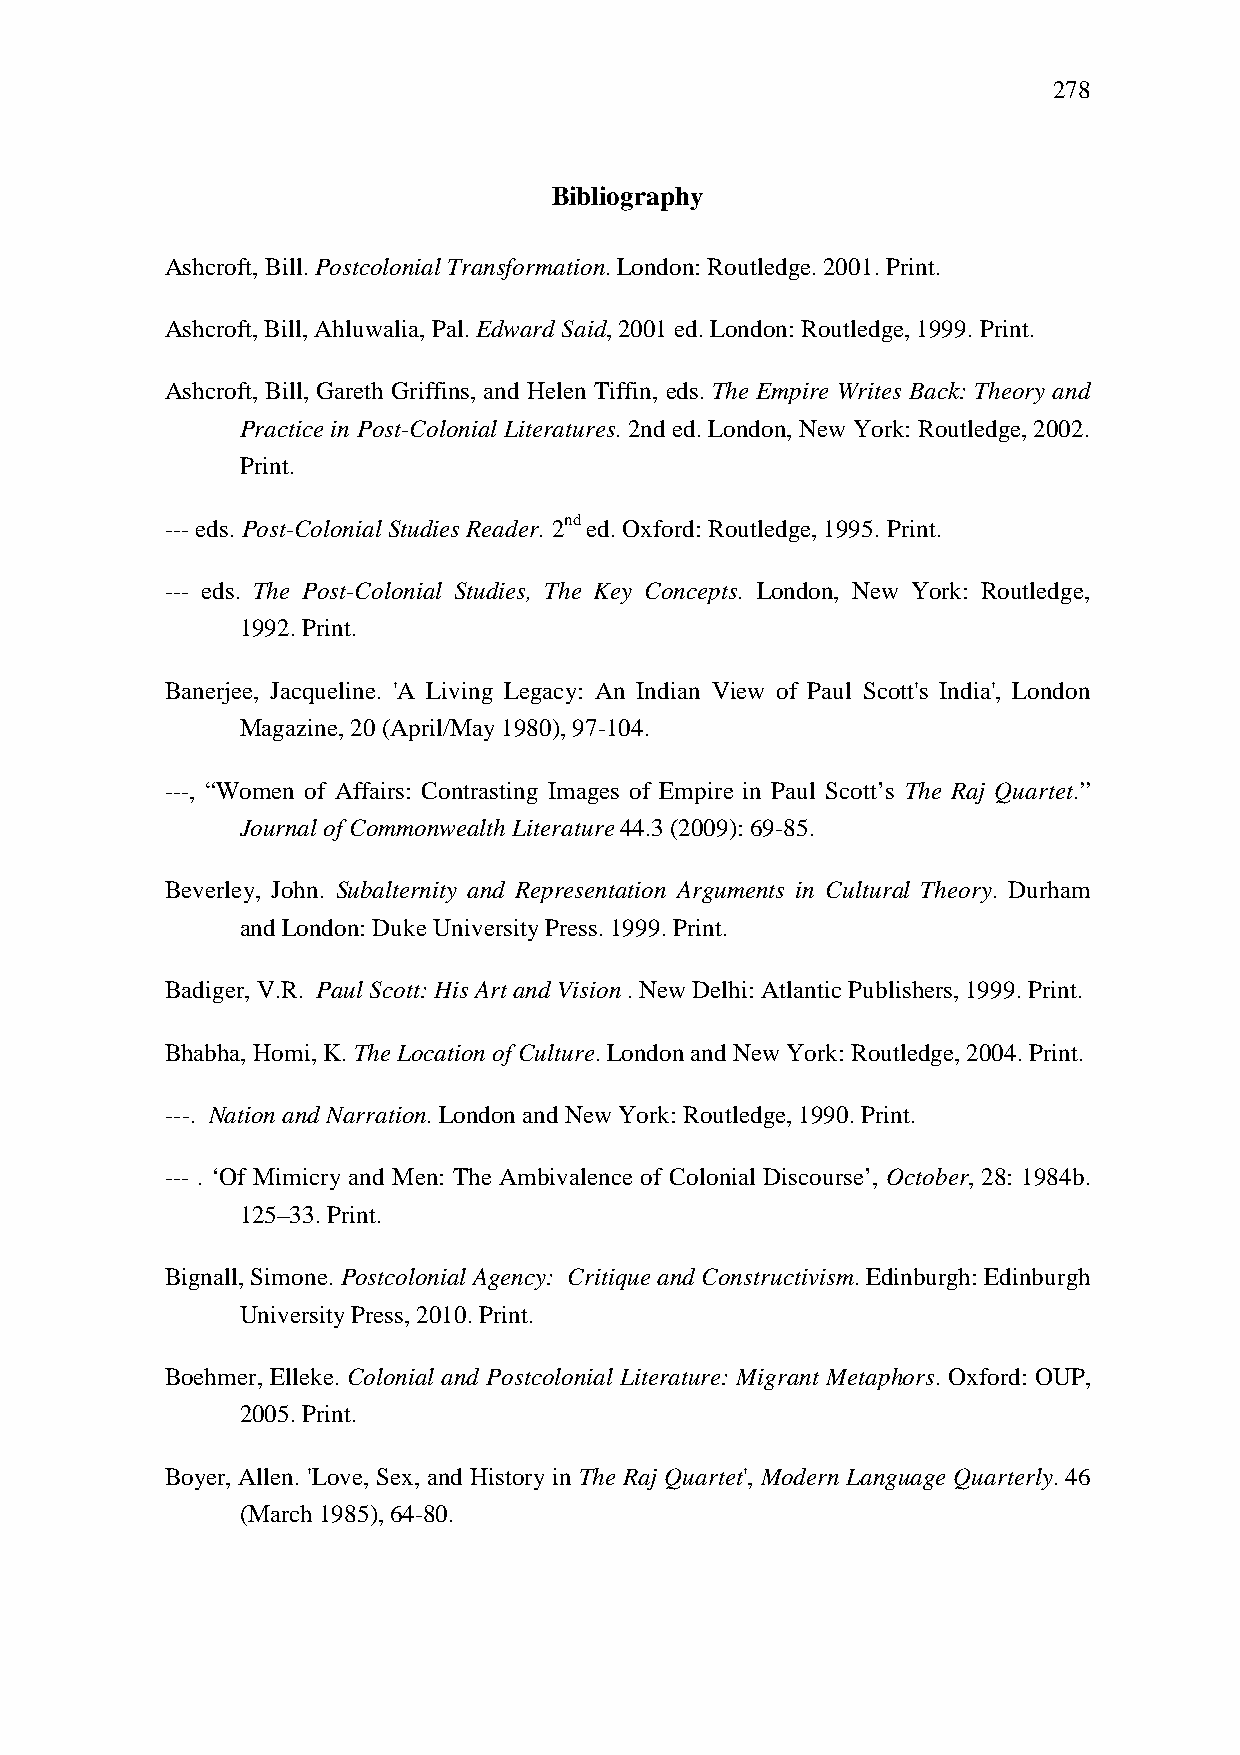
278
 Bibliography
 Ashcroft, Bill. Postcolonial Transformation. London: Routledge. 2001. Print.
 Ashcroft, Bill, Ahluwalia, Pal. Edward Said, 2001 ed. London: Routledge, 1999. Print.
 Ashcroft, Bill, Gareth Griffins, and Helen Tiffin, eds. The Empire Writes Back: Theory and
 Practice in Post-Colonial Literatures. 2nd ed. London, New York: Routledge, 2002.
 Print.
 --- eds. Post-Colonial Studies Reader. 2nd ed. Oxford: Routledge, 1995. Print.
 --- eds. The Post-Colonial Studies, The Key Concepts. London, New York: Routledge,
 1992. Print.
 Banerjee, Jacqueline. 'A Living Legacy: An Indian View of Paul Scott's India', London
 Magazine, 20 (April/May 1980), 97-104.
 ---, “Women of Affairs: Contrasting Images of Empire in Paul Scott’s The Raj Quartet.”
 Journal of Commonwealth Literature 44.3 (2009): 69-85.
 Beverley, John. Subalternity and Representation Arguments in Cultural Theory. Durham
 and London: Duke University Press. 1999. Print.
 Badiger, V.R. Paul Scott: His Art and Vision . New Delhi: Atlantic Publishers, 1999. Print.
 Bhabha, Homi, K. The Location of Culture. London and New York: Routledge, 2004. Print.
 ---. Nation and Narration. London and New York: Routledge, 1990. Print.
 --- . ‘Of Mimicry and Men: The Ambivalence of Colonial Discourse’, October, 28: 1984b.
 125–33. Print.
 Bignall, Simone. Postcolonial Agency: Critique and Constructivism. Edinburgh: Edinburgh
 University Press, 2010. Print.
 Boehmer, Elleke. Colonial and Postcolonial Literature: Migrant Metaphors. Oxford: OUP,
 2005. Print.
 Boyer, Allen. 'Love, Sex, and History in The Raj Quartet', Modern Language Quarterly. 46
 (March 1985), 64-80.